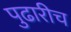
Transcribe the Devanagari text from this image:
पुढारीच